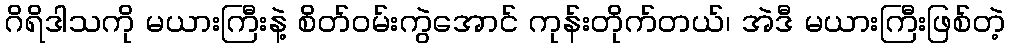
ဂိရိဒါသကို မယားကြီးနဲ့ စိတ်ဝမ်းကွဲအောင် ကုန်းတိုက်တယ်၊ အဲဒီ မယားကြီးဖြစ်တဲ့